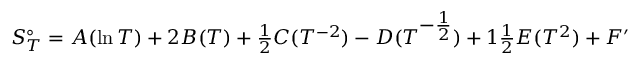
S _ { T } ^ { \circ } = A ( \ln T ) + 2 B ( T ) + \textstyle { \frac { 1 } { 2 } } C ( T ^ { - 2 } ) - D ( T ^ { \textstyle - { \frac { 1 } { 2 } } } ) + 1 \textstyle { \frac { 1 } { 2 } } E ( T ^ { 2 } ) + F ^ { \prime }